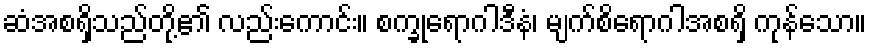
ဆံအစရှိသည်တို့၏ လည်းကောင်း။ စက္ခုရောဂါဒီနံ၊ မျက်စိရောဂါအစရှိ ကုန်သော။